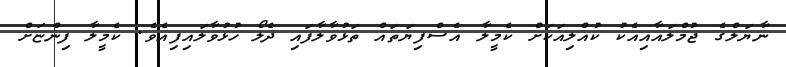
ނާޔަލްގެ ޖުމްލައާއިއެކު ކުއްލިއަކަށް ކެމީލާ އެސްފިޔަތައް ތަޅުވާލާފައި ދެލޯ ހުޅުވާލައިފިއެވެ. ކެމީލާ ފިންޏަށް